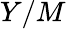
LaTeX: Y/M